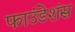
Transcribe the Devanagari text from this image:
फाउंडेशंस